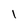
Character: l